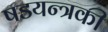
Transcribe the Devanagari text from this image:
षडयन्त्रकी